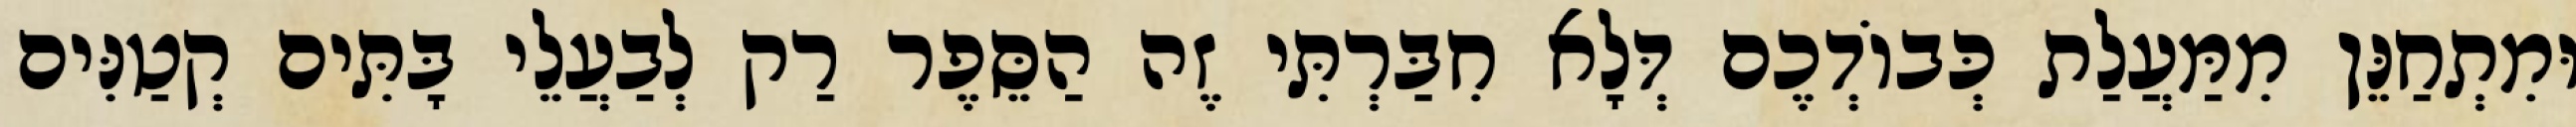
וּמִתְחַנֵּן מִמַּעֲלַת כְּבוֹדְכֶם דְּלָא חִבַּרְתִּי זֶה הַסֵּפֶר רַק לְבַעֲלֵי בָּתִּים קְטַנִּים